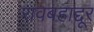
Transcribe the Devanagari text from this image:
रावबहाद्दूर